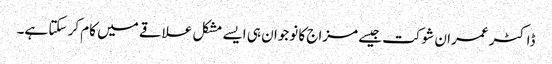
ڈاکٹر عمران شوکت جیسے مزاج کا نوجوان ہی ایسے مشکل علاقے میں کام کر سکتا ہے۔